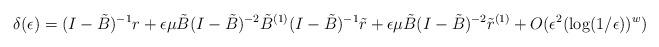
LaTeX: \begin{align*}\delta(\epsilon) = (I-\tilde{B})^{-1}r + \epsilon\mu \tilde{B}(I-\tilde{B})^{-2} \tilde{B}^{(1)} (I-\tilde{B})^{-1}\tilde{r} + \epsilon\mu \tilde{B} (I-\tilde{B})^{-2} \tilde{r}^{(1)} + O(\epsilon^2(\log(1/\epsilon))^w)\end{align*}